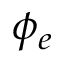
\phi _ { e }